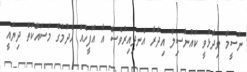
ނަސީމް ވިދާޅުވީ ކައުންސިލް އިދާރާ އެނދިއިރުވެސް އާ އޮފީހެއް ހެދުމުގެ މަސައްކަތް ދިޔައީ